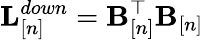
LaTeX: {\mathbf L}_{[n]}^{down}={\mathbf B}_{[n]}^{\top}{\mathbf B}_{[n]}